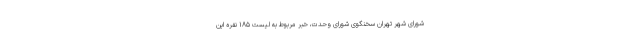
شورای شهر تهران سخنگوی شورای وحدت، خبر مربوط به لیست ۱۸۵ نفره این